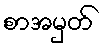
စာအမှတ်